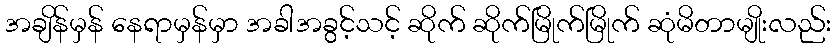
အချိန်မှန် နေရာမှန်မှာ အခါအခွင့်သင့် ဆိုက် ဆိုက်မြိုက်မြိုက် ဆုံမိတာမျိုးလည်း